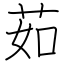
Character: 茹